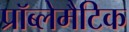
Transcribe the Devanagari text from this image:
प्रॉब्लेमैटिक